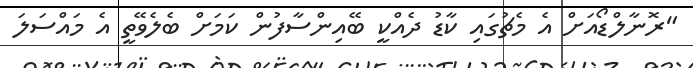
"ރޮނާލްޑޯއަށް އެ މެޗުގައި ކާޑު ދެއްކީ ބޭއިންސާފުން ކަމަށް ބެލެވޭތީ އެ މައްސަލަ